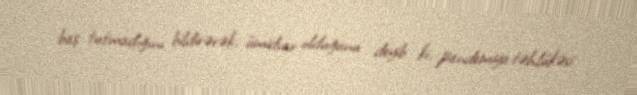
baş tutmadığını bildirərək, ümidvar olduğunu deyib ki, pandemiya təhlükəsi